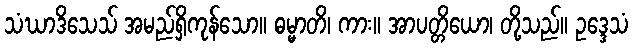
သံဃာဒိသေသ် အမည်ရှိကုန်သော။ ဓမ္မာတိ၊ ကား။ အာပတ္တိယော၊ တို့သည်။ ဥဒ္ဒေသံ